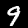
Label: 9